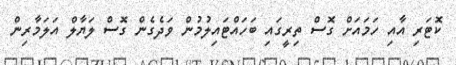
ކޮޓަރި އާއި ހަމައަށް ގޮސް ތިރީގައި ބަހައްޓައިލުމުން ވަދެގެން ގޮސް ލަޔާލް އަލަމާރިން